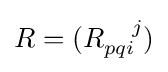
R=(R_{pqi}^{\ \ \ j})